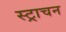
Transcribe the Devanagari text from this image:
स्ट्राचन